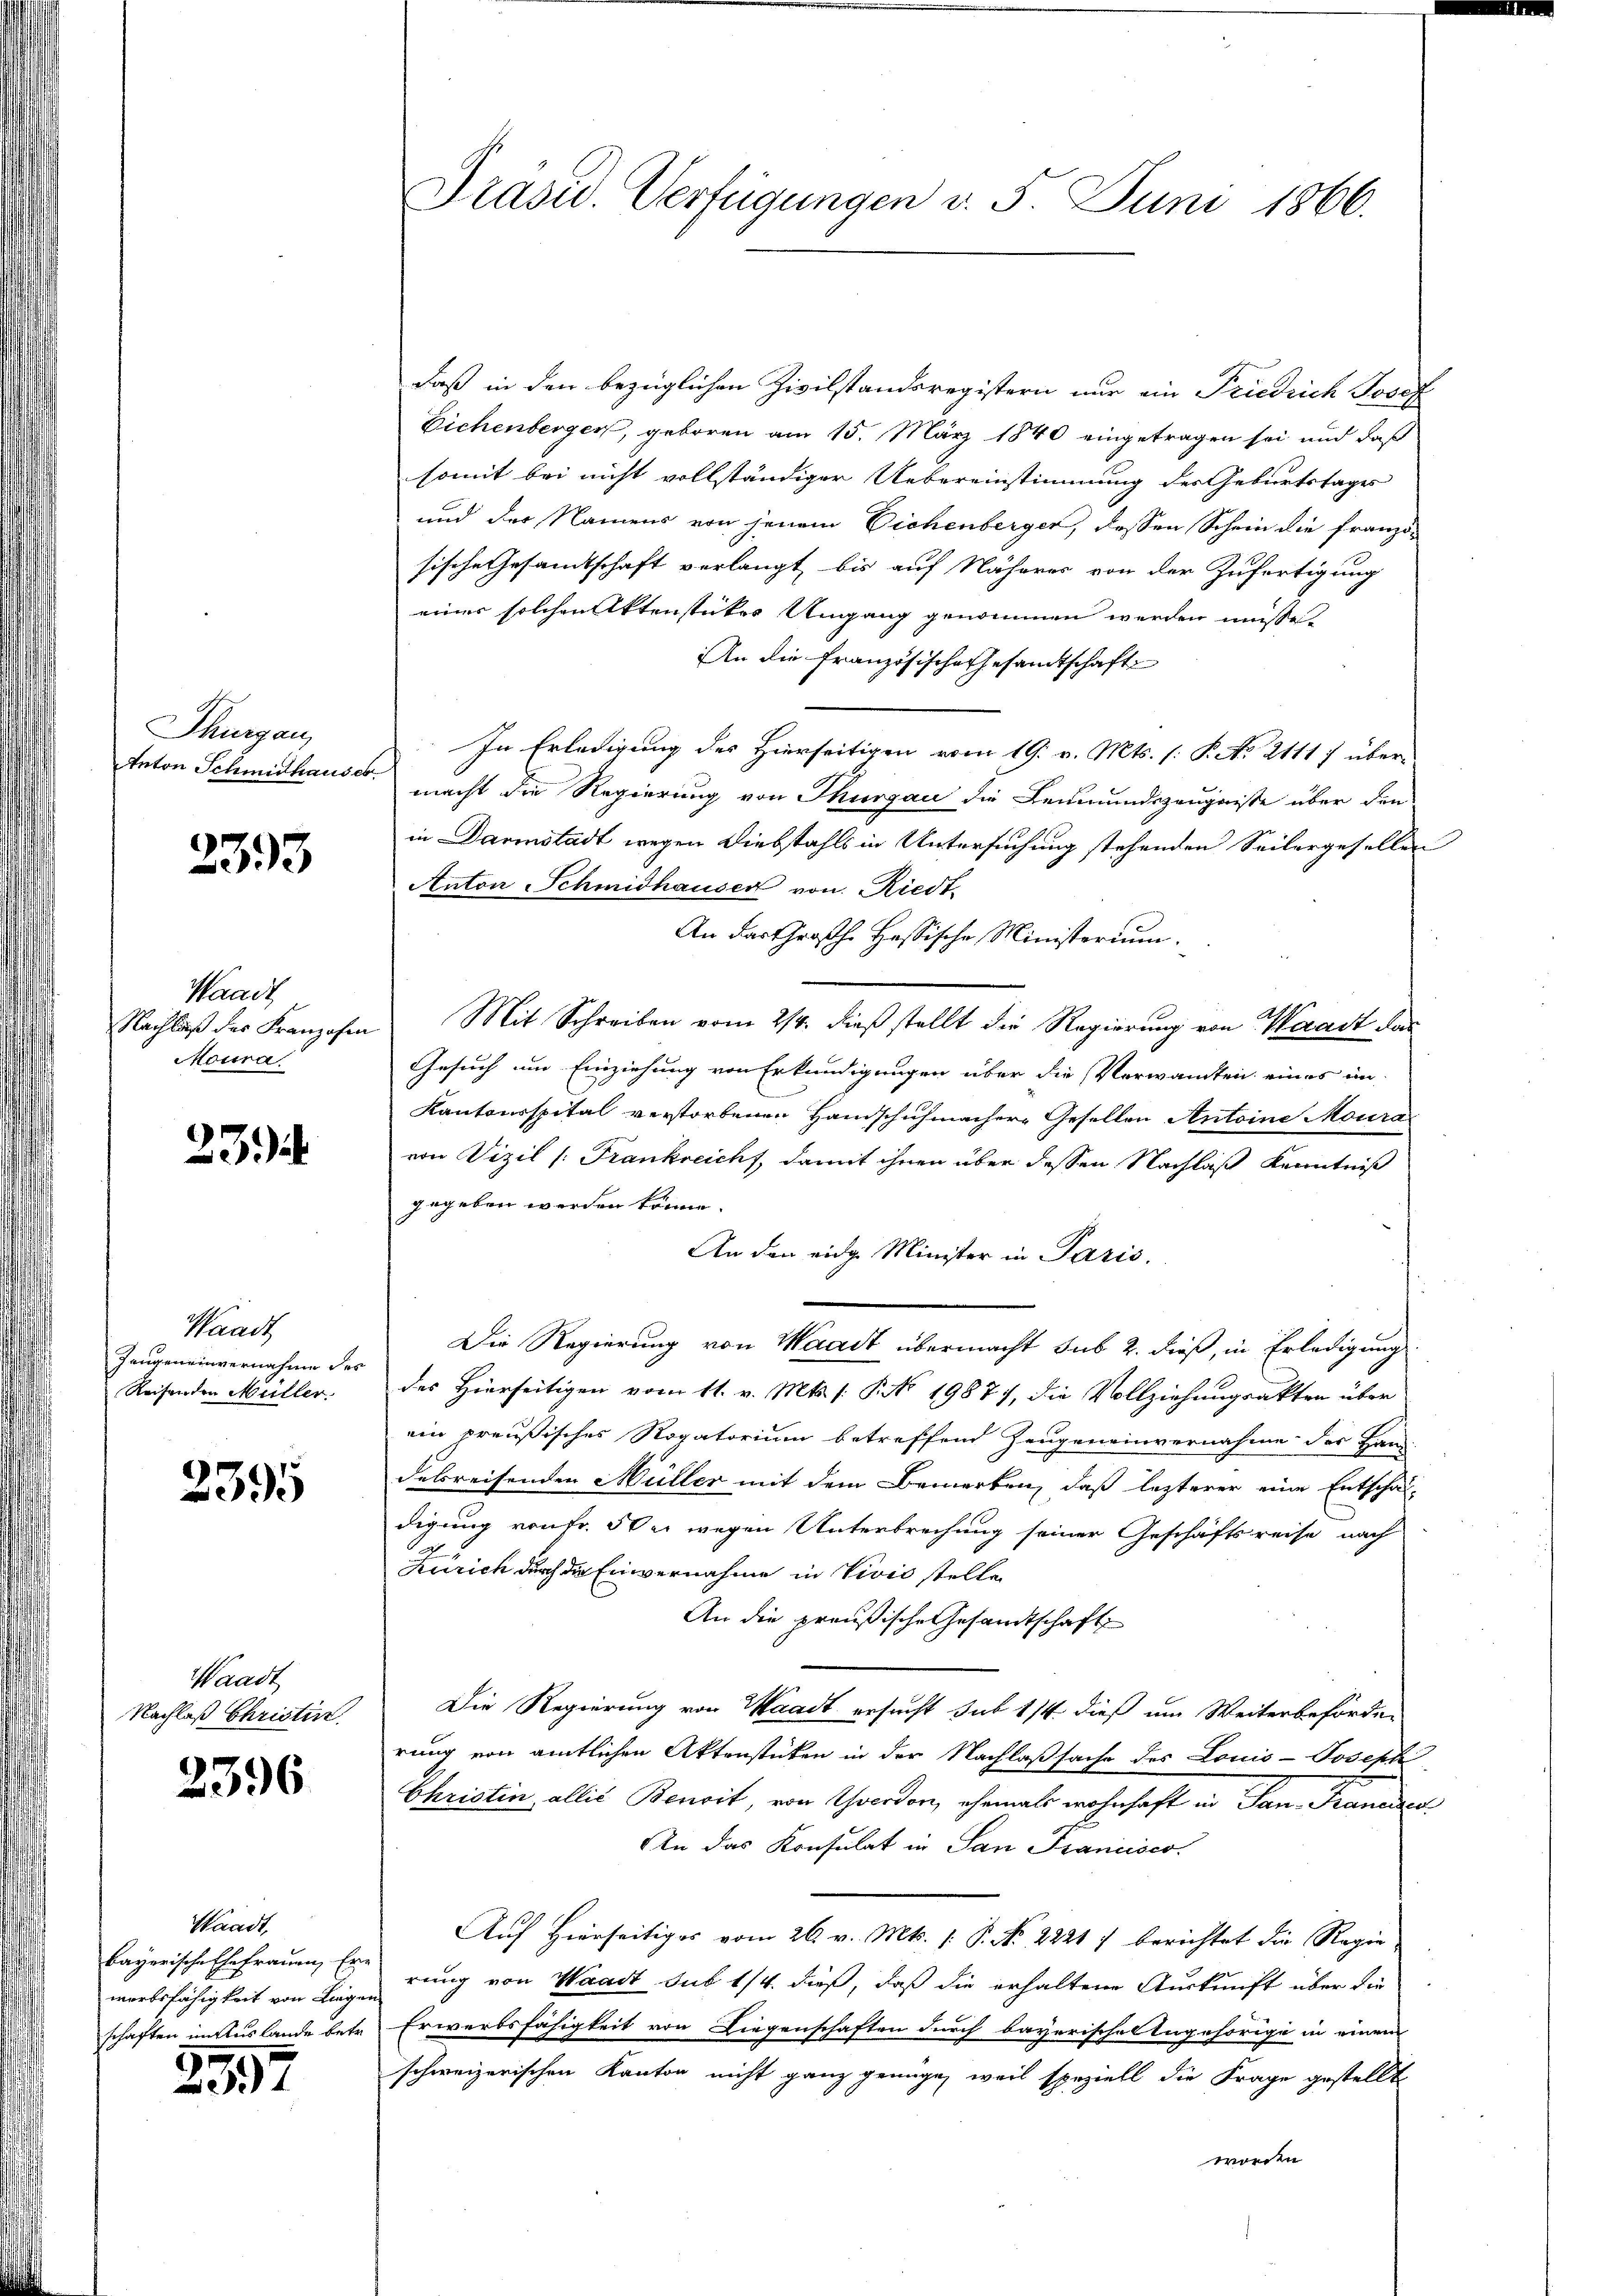
Thurgau,
Anton Schmidhauses

2393

Waadt
Nachlaß des Franzosen
Moura

23

Waadt
Jangeneinvernahme des
Reisenden Müller.

2395

Waadt
Nachlaß Christin

2396

Waadt,
bayerische Ehefrauen Er-
wärbsfähigkeit von Liege.
schaften in Auslande betr.

2357

Präsid. Verfügungen v. 5. Juni 1866.

daß in den bezüglichen Zivilstandsregistern nur ein Friedrich Josef
Eichenberger, geboren am 15. März 1840 eingetragen sei und daß
somit bei nicht vollständiger Uebereinstimmung des Geburtstages
und der Namens von jenem Sichenberger, dessen Schein die franzisische Gesamtschaft verlangt, bis auf Näherer von der Zufertigung
einer solchen Aktenstückes Umgang genommen werden müsse.
An die Französische Gesandtschaft
In Erledigung des Hierseitigen vom 19. v. Mts. (: P. No. 2111 7 übermacht die Regierung von Thurgau die Leumundszeugnisse über den
in Darmstadt wegen Diebstahls in Untersuchung stehenden Seilergesellen
Anton Schmidhauser von Riedt.
An das Chrosche Hassische Ministerium.
Mit Schreiben vom 2/4. dieß stellt die Regierung von Waadt das
Gesuch um Einziehung von Erkundigungen über die Verwandten eines ein
Kantonsspital verstorbenen Handschuhmacher Gesellen Antoine Moura
von Vizil /: Frankreicht, damit ihnen über dessen Nachlaß Kenntniß
gegeben werden könne.
An den eidg. Minister in Paris.
Die Regierung von Waadt übermacht sub 2. dieß, in Erledigung
des Hierseitigen vom 11. v. Mts. (: No 19877, die Vollziehungsakten über
ein preußisches Rogatorium betreffend Zeugeneinvernahme des Han-
debreisenden Müller mit dem Bemerken, daß lezterer eine Entschaf-
digung von Fr. Wer wegen Unterbrechung seiner Geschäftsreise nach
Zürich durch die Einvernahme in Vivić stelle
An die preußische Gesandtschaft
Die Regierung von Waadt ersucht sub 1/4 dieß um Weiterbehörder
rung von amtlichen Aktenstücken in der Nachlaßsache des Louis-Josephi
Christin allié Benoit, von Yverdon, ehemals wohnhaft in San-Francier
An das Konsulat in San Francisco
Auf Hierseitiges vom 26. v. Mts. (: P. Nr. 22217 berichtet die Regierung von Waadt sub 1/4. dieß, daß die erhaltene Auskunft über die
Erwerbsfähigkeit von Liegenschaften durch bayerische Angehörige in einem
schweizerischen Kanton nicht ganz genüge, weil speziell die Frage gestellt
worden